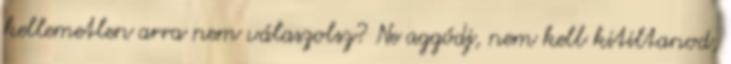
kellemetlen arra nem válaszolsz? Ne aggódj, nem kell kitiltanod,